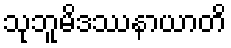
သုဘူမိဒဿနာယာတိ